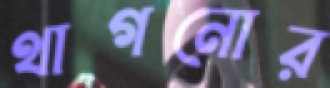
থাগনোর